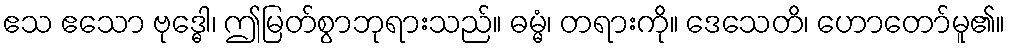
ဧသ ဧသော ဗုဒ္ဓေါ၊ ဤမြတ်စွာဘုရားသည်။ ဓမ္မံ၊ တရားကို။ ဒေသေတိ၊ ဟောတော်မူ၏။